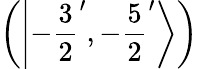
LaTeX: \left(\left|-{\frac{3}{2}}^{\prime},-{\frac{5}{2}}^{\prime}\right\rangle\right)